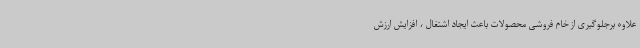
علاوه برجلوگیری از خام فروشی محصولات باعث ایجاد اشتغال ، افزایش ارزش